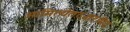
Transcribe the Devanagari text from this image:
ओमित्येतदक्षरमिद